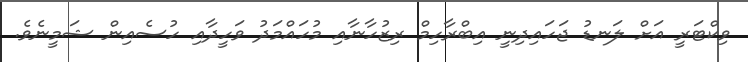
ވިކްޓަރީ އަށް ލަނޑު ޖަހައިދިނީ އިބްރާހިމް ރިޒުހާނާއި މުހައްމަދު ވަހީދާއި ހުސެއިން ޝަމީނެވެ.